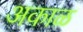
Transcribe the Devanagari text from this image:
अकाळ